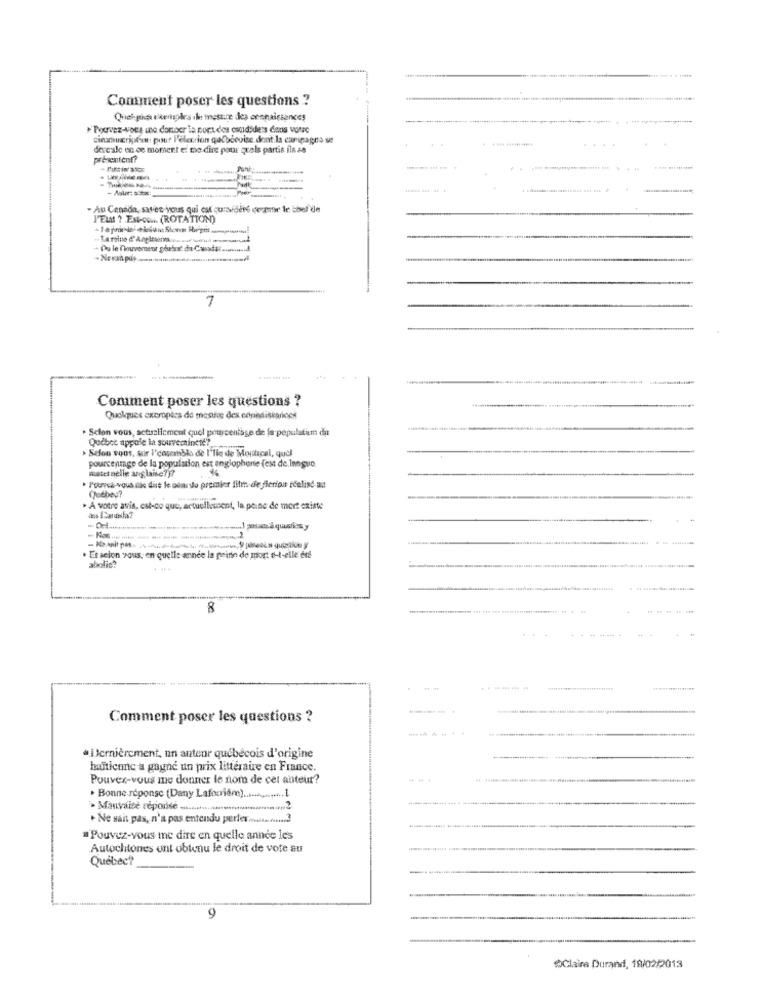
Comment poser les questions ?
.Pouvez-vous ine donper la cort des candide's dans votre
cinturipafian pour Peleccion galbécuise dont la caripagro ve
dercale en ce moment el me dire pour grals partis ils #
présentent?
- Au Canada, savez-vous qui est cursidere ceraner Ie shel de
J'EL ?. ES.COM (ROTATION)
Du le l'houvement gårbut du Cas# ........ d
7
Comment poser les questions ?
Quelques exeropics de mestce des copediskprices
· Selon vous, actuellement quel pourcentage de la pepulatium da
Québec appole la souveraineté?
> Selou vous, sur l'ensemble de l'lig de Moptical, que
pourcentage de la population est englophone (est de langue
astet nelle anglaise ???
. Potrvez-vous ille dist le odarlo premier fifth de ficriou réalisé au
Québey?
. A votre avis, est-ce que, actuellement, la peine de mert existe
Ans Caranifa?
2
.Etselon vous, en quelle année la peine de mort a-t-elle dif
abolic?
8
.-
-- -
Comment poser les questions ?
Dernièrement, un antenr québécois d'origine
haïtienne a gagné un prix littéraue en France.
Pouvez-vous me donner le nom de cet auteur?
. Bonne réponse (Dany Laferrière). 1
· Mauvaisè réponse ............................... 2
· Ne sait pas, n'a pas entendu perles ......... 3
" Pouvez-vous me dire en quelle année les
Autochtones ont obtenu le droit de vote au
Québec?
9
Claire Durand, 19/02/2013